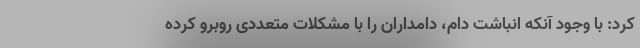
کرد: با وجود آنکه انباشت دام، دامداران را با مشکلات متعددی روبرو کرده